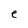
Character: e